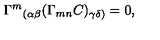
{ \Gamma ^ { m } } _ { ( \alpha \beta } ( \Gamma _ { m n } C ) _ { \gamma \delta ) } = 0 ,